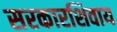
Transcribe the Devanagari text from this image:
सरकारशिवाय